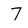
Character: 7